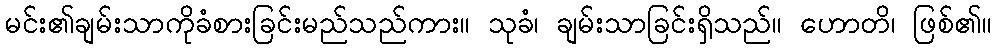
မင်း၏ချမ်းသာကိုခံစားခြင်းမည်သည်ကား။ သုခံ၊ ချမ်းသာခြင်းရှိသည်။ ဟောတိ၊ ဖြစ်၏။